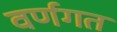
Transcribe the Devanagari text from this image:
वर्णगत